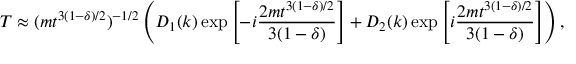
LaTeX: T \approx ( m t ^ { 3 ( 1 - \delta ) / 2 } ) ^ { - 1 / 2 } \left( D _ { 1 } ( k ) \exp \left[ - i \frac { 2 m t ^ { 3 ( 1 - \delta ) / 2 } } { 3 ( 1 - \delta ) } \right] + D _ { 2 } ( k ) \exp \left[ i \frac { 2 m t ^ { 3 ( 1 - \delta ) / 2 } } { 3 ( 1 - \delta ) } \right] \right) ,